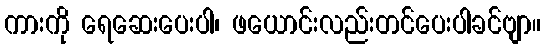
ကားကို ရေဆေးပေးပါ၊ ဖယောင်းလည်းတင်ပေးပါခင်ဗျာ။